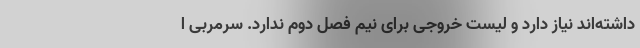
داشته‌اند نیاز دارد و لیست خروجی برای نیم فصل دوم ندارد. سرمربی ا